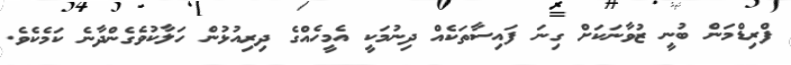
ފްރިޑްމަން ބުނީ ޒުވާނަކަށް ގިނަ ފައިސާތަކެއް ދިނުމަކީ އެމީހެއްގެ ދިރިއުޅުން ހަލާކުވެގެންދާނެ ކަމެކެވެ.